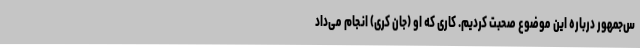
س‌جمهور درباره این موضوع صحبت کردیم. کاری که او (جان کری) انجام می‌داد